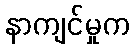
နာကျင်မှုက